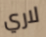
لاري